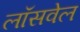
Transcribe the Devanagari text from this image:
लॉसवेल